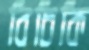
বিচিকি